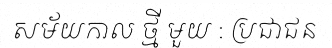
សម័យកាល ថ្មី មួយ : ប្រជាជន